38_143685_box_Incident_Summaries_101-172
Agency: Department of War
Page 178
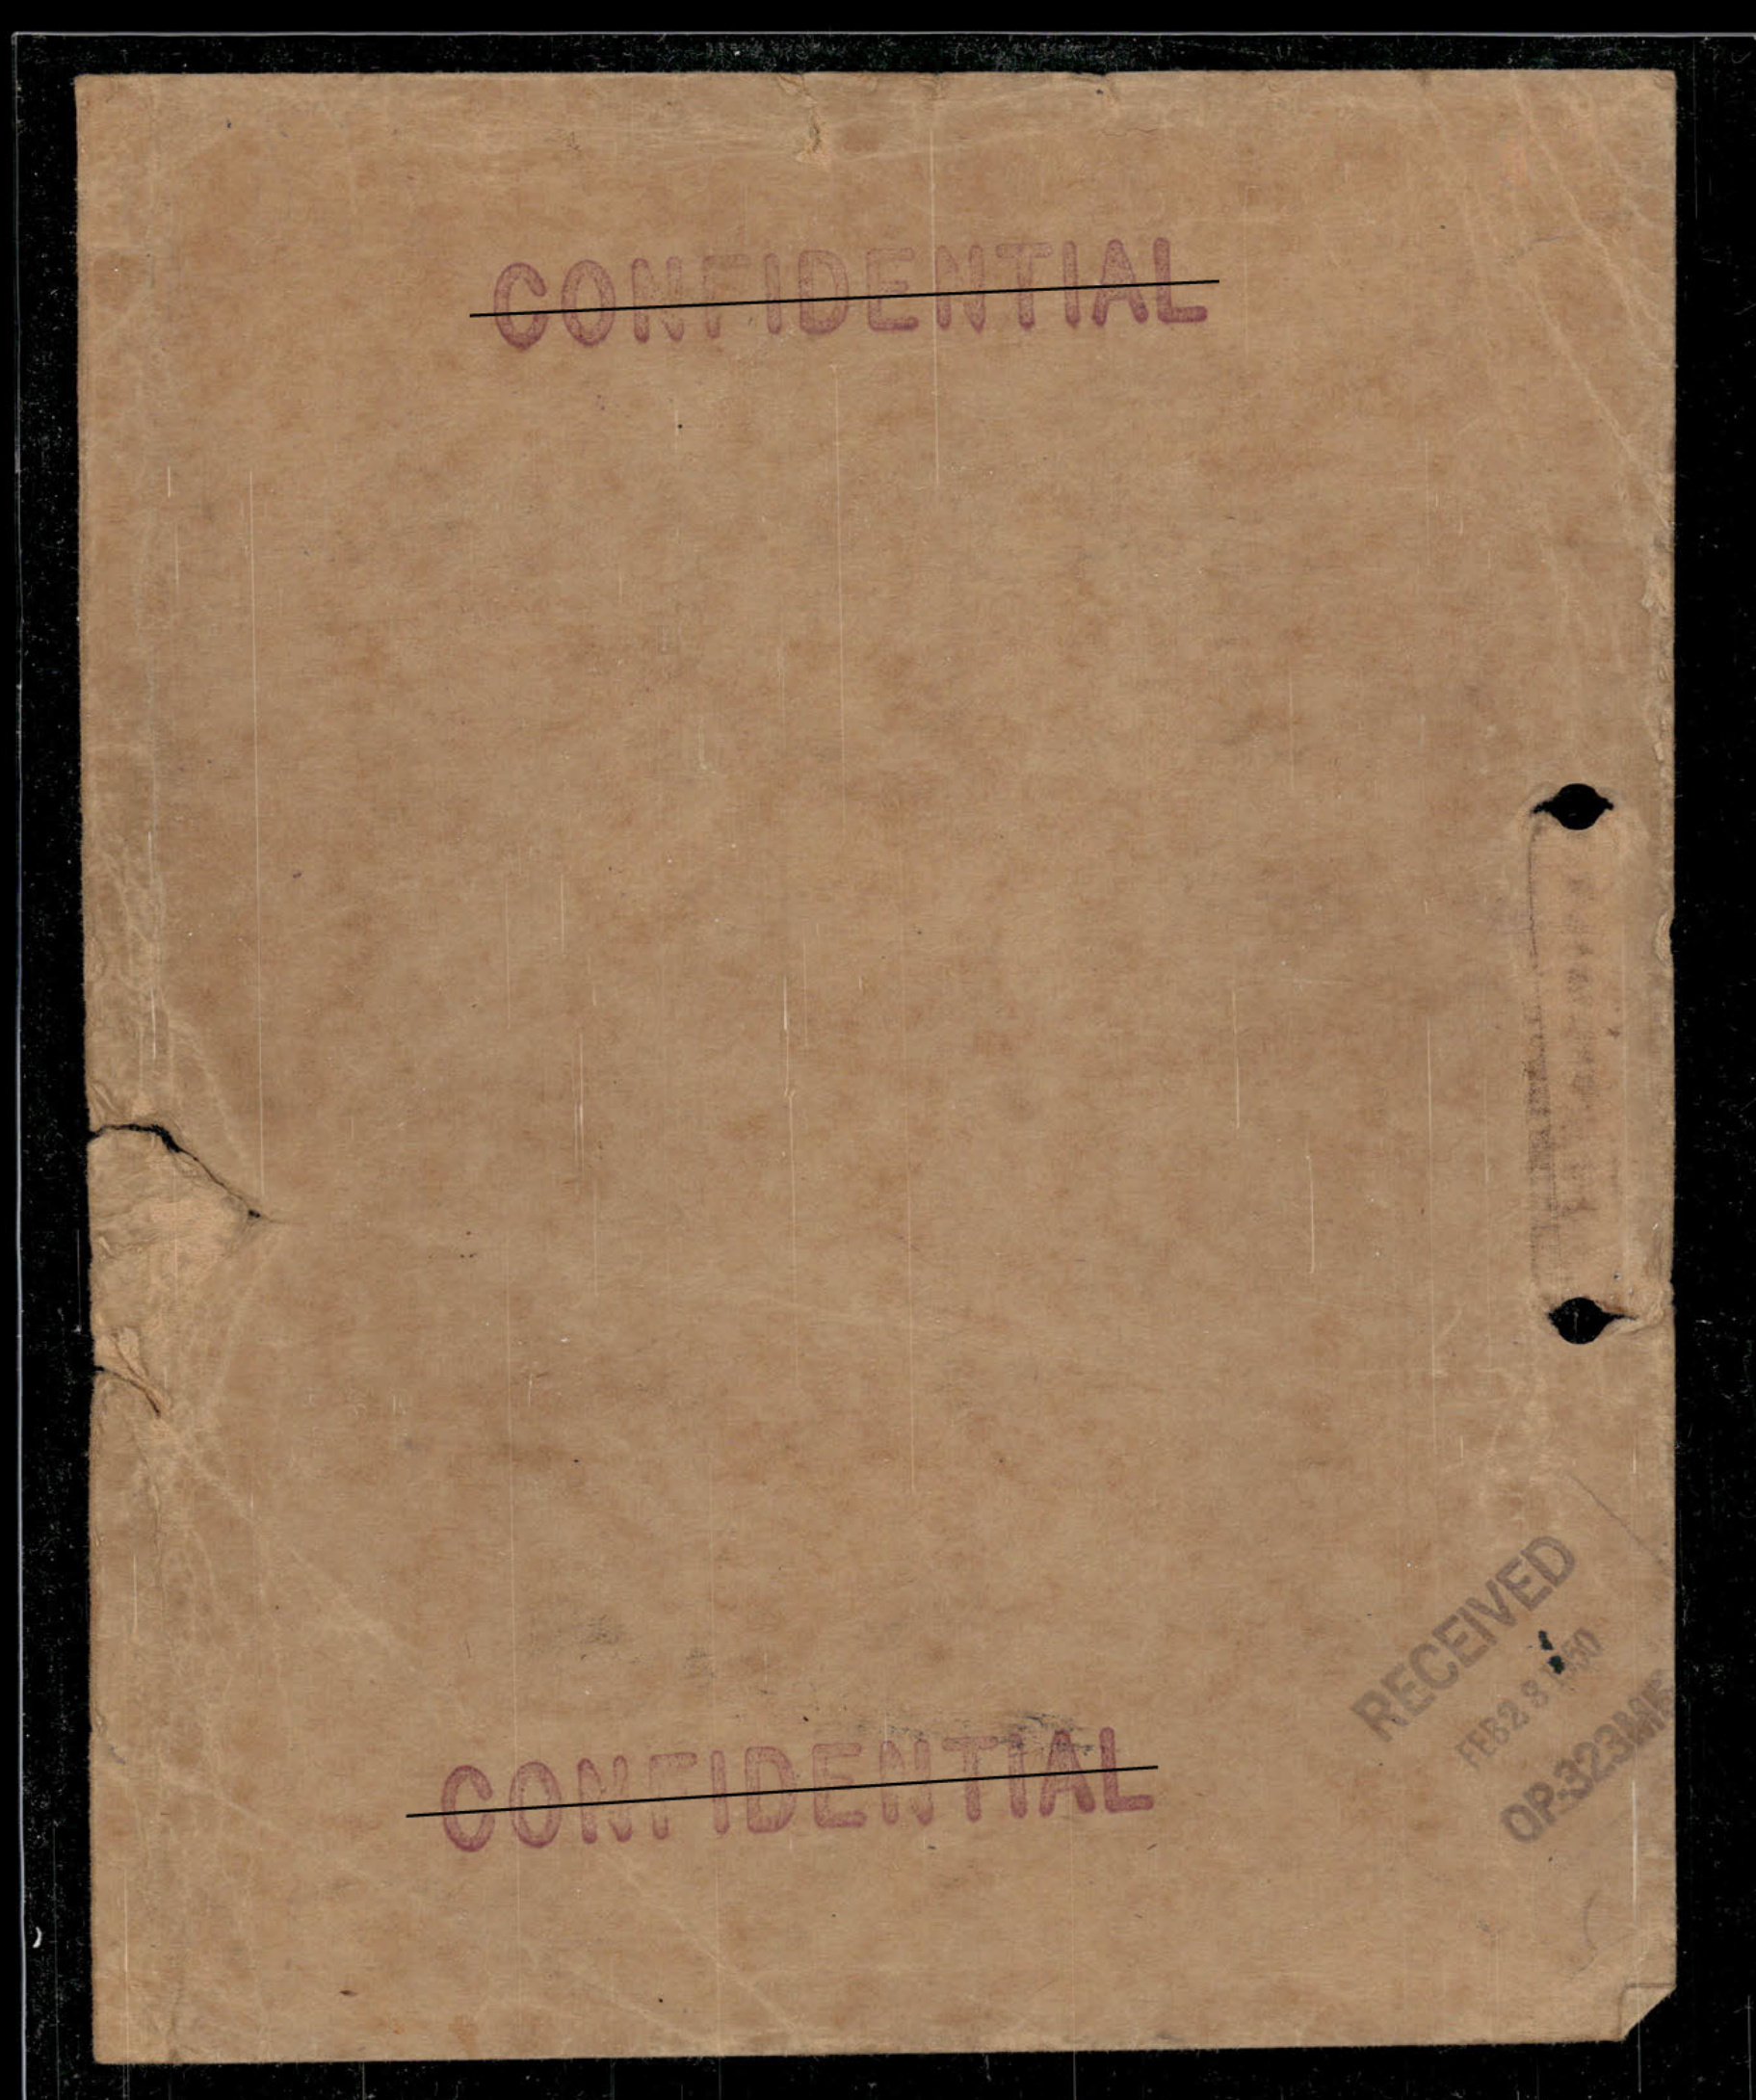